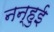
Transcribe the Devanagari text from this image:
नन्हुई